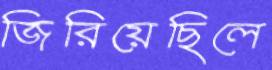
জিরিয়েছিলে